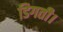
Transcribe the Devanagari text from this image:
डिगती।